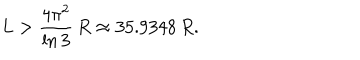
L > { \frac { 4 \pi ^ { 2 } } { \ln { 3 } } } \, R \approx 3 5 . 9 3 4 8 \, R .